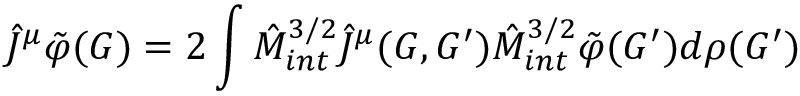
{ \hat { J } } ^ { \mu } { \tilde { \varphi } } ( G ) = 2 \int { \hat { M } } _ { i n t } ^ { 3 / 2 } { \hat { J } } ^ { \mu } ( G , G ^ { \prime } ) { \hat { M } } _ { i n t } ^ { 3 / 2 } { \tilde { \varphi } } ( G ^ { \prime } ) d \rho ( G ^ { \prime } )